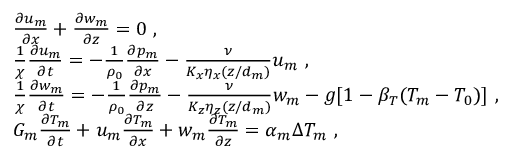
\begin{array} { r l } & { \frac { \partial u _ { m } } { \partial x } + \frac { \partial w _ { m } } { \partial z } = 0 ~ , } \\ & { \frac { 1 } { \chi } \frac { \partial u _ { m } } { \partial t } = - \frac { 1 } { \rho _ { 0 } } \frac { \partial p _ { m } } { \partial x } - \frac { \nu } { K _ { x } \eta _ { x } ( z / d _ { m } ) } u _ { m } ~ , } \\ & { \frac { 1 } { \chi } \frac { \partial w _ { m } } { \partial t } = - \frac { 1 } { \rho _ { 0 } } \frac { \partial p _ { m } } { \partial z } - \frac { \nu } { K _ { z } \eta _ { z } ( z / d _ { m } ) } w _ { m } - g [ 1 - \beta _ { T } ( T _ { m } - T _ { 0 } ) ] ~ , } \\ & { G _ { m } \frac { \partial T _ { m } } { \partial t } + u _ { m } \frac { \partial T _ { m } } { \partial x } + w _ { m } \frac { \partial T _ { m } } { \partial z } = \alpha _ { m } \Delta T _ { m } ~ , } \end{array}